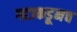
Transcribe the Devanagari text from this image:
गटाकडूनच